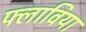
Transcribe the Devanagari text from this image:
फ्लाविया